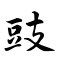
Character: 豉